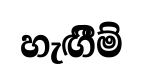
හැඟීීම්